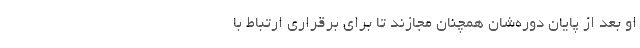
او بعد از پایان دوره‌شان همچنان مجازند تا برای برقراری ارتباط با